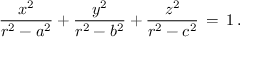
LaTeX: { \frac { x ^ { 2 } } { r ^ { 2 } - a ^ { 2 } } } + { \frac { y ^ { 2 } } { r ^ { 2 } - b ^ { 2 } } } + { \frac { z ^ { 2 } } { r ^ { 2 } - c ^ { 2 } } } \, = \, 1 \, .